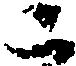
二